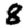
Digit: 8